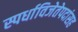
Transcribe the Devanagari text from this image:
स्पर्धाविजेतेपदांसह